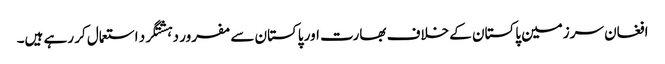
افغان سرزمین پاکستان کے خلاف بھارت اور پاکستان سے مفرور دہشتگرد استعمال کر رہے ہیں۔